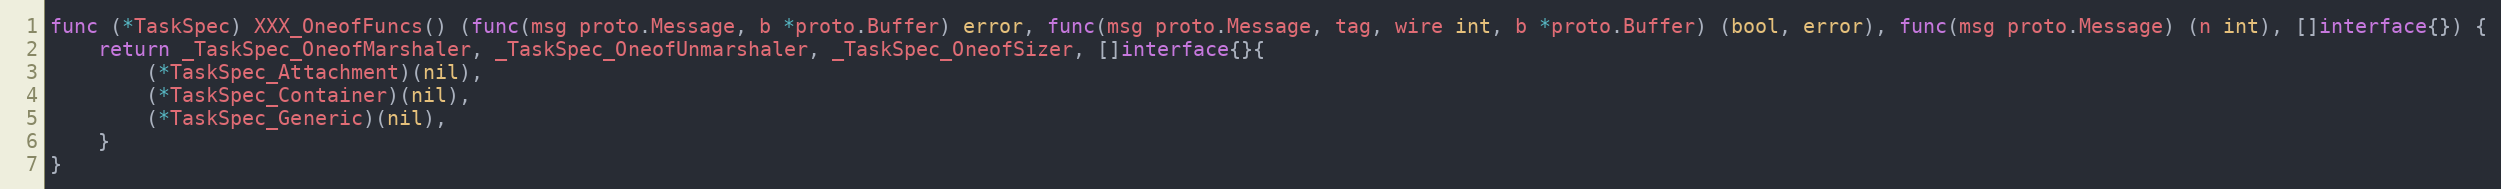
Language: Go
func (*TaskSpec) XXX_OneofFuncs() (func(msg proto.Message, b *proto.Buffer) error, func(msg proto.Message, tag, wire int, b *proto.Buffer) (bool, error), func(msg proto.Message) (n int), []interface{}) {
	return _TaskSpec_OneofMarshaler, _TaskSpec_OneofUnmarshaler, _TaskSpec_OneofSizer, []interface{}{
		(*TaskSpec_Attachment)(nil),
		(*TaskSpec_Container)(nil),
		(*TaskSpec_Generic)(nil),
	}
}